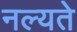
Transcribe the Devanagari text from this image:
नल्यते